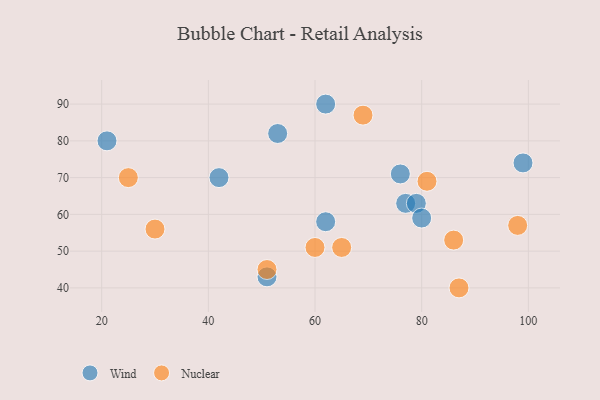
{"axis": {"x": "GDP", "y": "Life Expectancy"}, "legend": ["Nuclear", "Wind"], "data": [{"x": "77", "y": 63, "type": "Wind"}, {"x": "79", "y": 63, "type": "Wind"}, {"x": "53", "y": 82, "type": "Wind"}, {"x": "21", "y": 80, "type": "Wind"}, {"x": "99", "y": 74, "type": "Wind"}, {"x": "76", "y": 71, "type": "Wind"}, {"x": "80", "y": 59, "type": "Wind"}, {"x": "42", "y": 70, "type": "Wind"}, {"x": "62", "y": 58, "type": "Wind"}, {"x": "51", "y": 43, "type": "Wind"}, {"x": "62", "y": 90, "type": "Wind"}, {"x": "65", "y": 51, "type": "Nuclear"}, {"x": "69", "y": 87, "type": "Nuclear"}, {"x": "51", "y": 45, "type": "Nuclear"}, {"x": "98", "y": 57, "type": "Nuclear"}, {"x": "30", "y": 56, "type": "Nuclear"}, {"x": "25", "y": 70, "type": "Nuclear"}, {"x": "87", "y": 40, "type": "Nuclear"}, {"x": "86", "y": 53, "type": "Nuclear"}, {"x": "60", "y": 51, "type": "Nuclear"}, {"x": "81", "y": 69, "type": "Nuclear"}]}